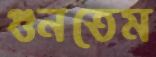
গুনতেম